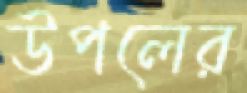
উপলের